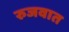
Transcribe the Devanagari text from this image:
रुजवात